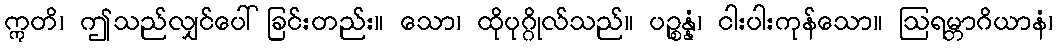
ဣတိ၊ ဤသည်လျှင်ပေါ်ခြင်းတည်း။ သော၊ ထိုပုဂ္ဂိုလ်သည်။ ပဉ္စန္နံ၊ ငါးပါးကုန်သော။ ဩရမ္ဘာဂိယာနံ၊